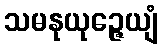
သမနုယုဉ္ဇေယျံ